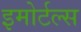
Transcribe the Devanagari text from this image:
इमोर्टल्स